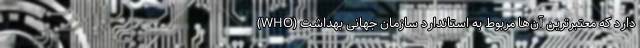
دارد که معتبرترین آن‌ها مربوط به استاندارد سازمان جهانی بهداشت (WHO)